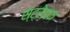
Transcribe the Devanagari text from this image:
स्ट्रेइफ